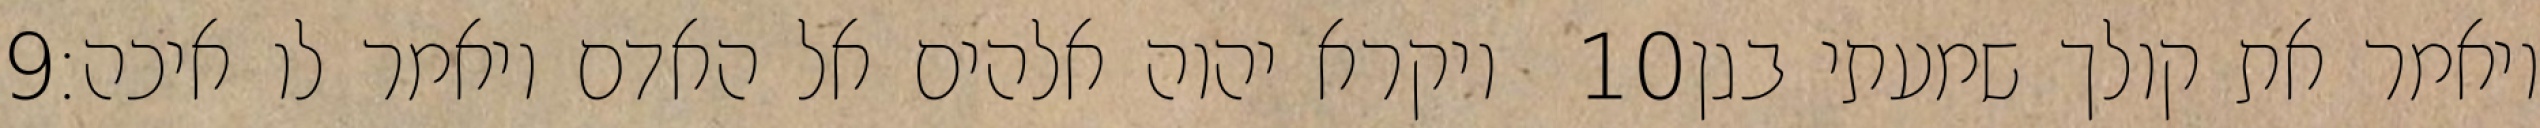
‎9‏ ויקרא יהוה אלהים אל האדם ויאמר לו איכה׃ ‎10‏ ויאמר את קולך שמעתי בגן